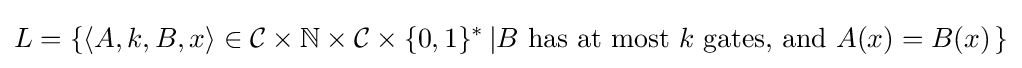
L=\left\{\langle A,k,B,x\rangle \in {\mathcal {C}}\times \mathbb {N} \times {\mathcal {C}}\times \{0,1\}^{*}\left|B{\text{ has at most }}k{\text{ gates, and }}A(x)=B(x)\right.\right\}